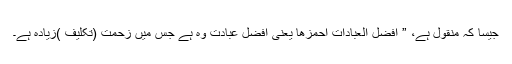
جیسا کہ منقول ہے، ” اَفْضَلُ الْعِبَادَاتِ اَحْمَزُھَا یعنی افضل عبادت وہ ہے جس میں زحمت (تکلیف )زِیادہ ہے۔